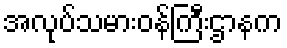
အလုပ်သမားဝန်ကြီးဌာနက